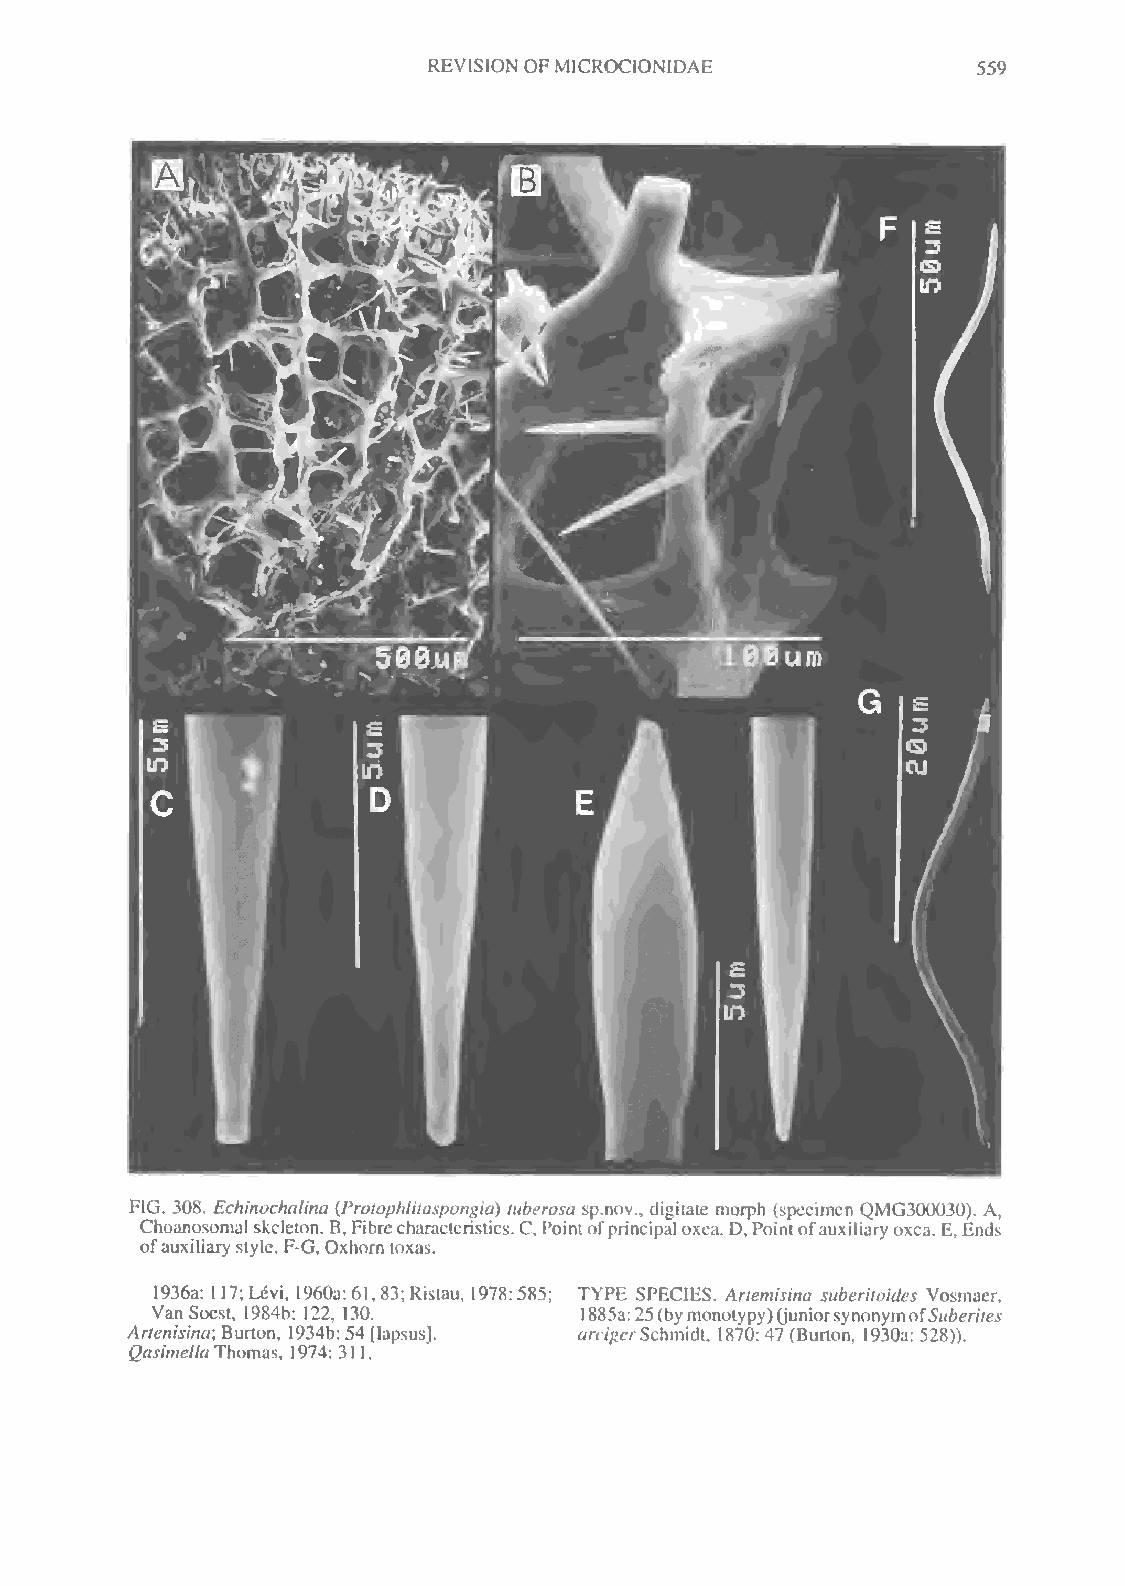
REVISION OFMICROCIONIDAE             559
 FIG. 308. Echinochalina (Protophlitaspongia) tuberosa sp.nov., digitate morph (specimen QMG300030). A,
 Choanosomal skeleton. B,Fibrecharacteristics. C, Pointofprincipal oxea. D, Pointofauxiliaryoxea. E,Ends
 ofauxiliary style. F-G, Oxhorn toxas.
 1936a: 117; Levi, 1960a: 61, 83; Ristau, 1978:585; TYPE SPECIES. Artemisina suberitoides Vosmaer,
 VanSoest, 1984b: 122, 130.  1885a:25(bymonotypy)(juniorsynonymotSttberites
 Artenisina; Burton, 1934b: 54 [lapsus]. «rr/j^rSchmidt. 1870: 47 (Burton, 1930a: 528)).
 QasimellaThomas, 1974: 311.